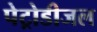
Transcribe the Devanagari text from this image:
पेट्रोडीजल